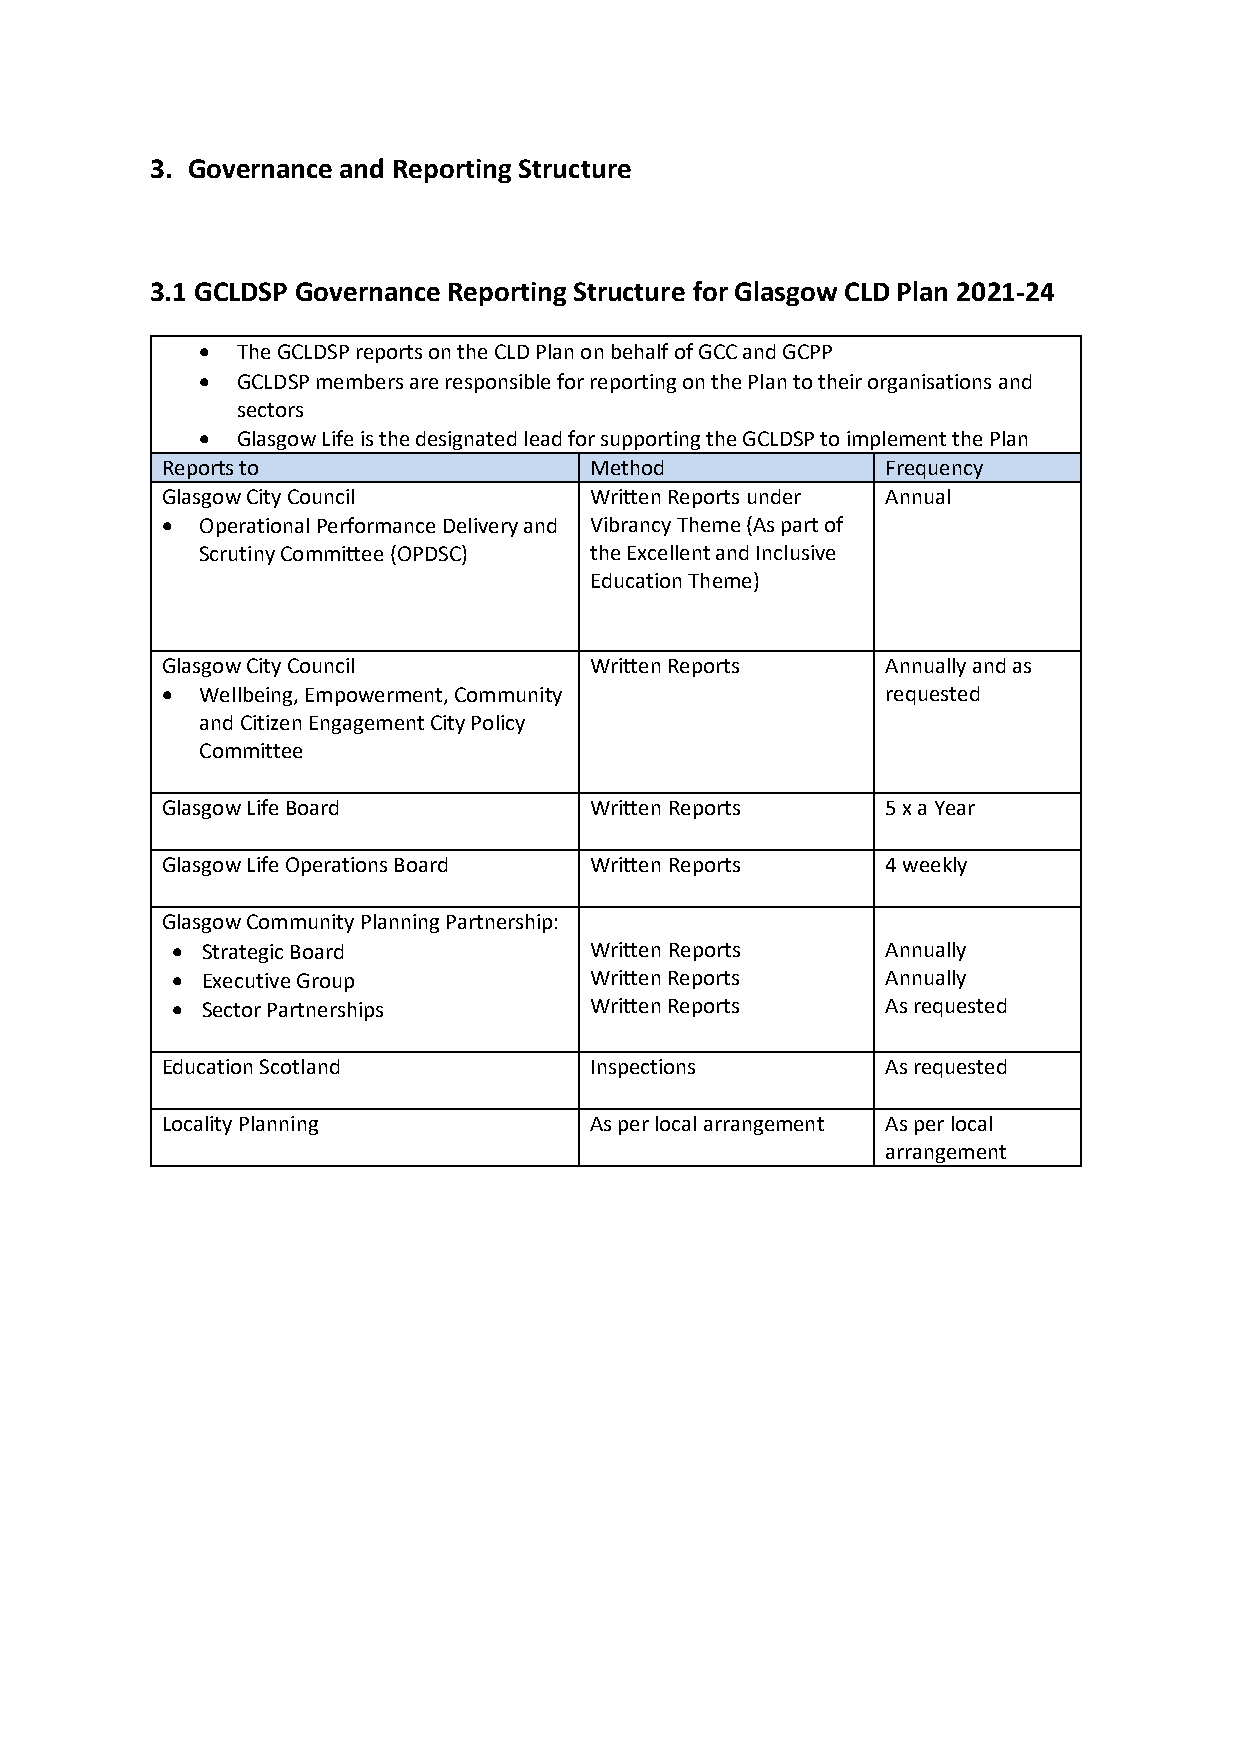
3. Governance and Reporting Structure
 3.1 GCLDSP Governance Reporting Structure for Glasgow CLD Plan 2021-24
 •  The GCLDSP reports on the CLD Plan on behalf of GCC and GCPP
 •  GCLDSP members are responsible for reporting on the Plan to their organisations and
 sectors
 •  Glasgow Life is the designated lead for supporting the GCLDSP to implement the Plan
 Reports to                  Method              Frequency
 Glasgow City Council        Written Reports under Annual
 • Operational Performance Delivery and Vibrancy Theme (As part of
 Scrutiny Committee (OPDSC) the Excellent and Inclusive
 Education Theme)
 Glasgow City Council        Written Reports     Annually and as
 • Wellbeing, Empowerment, Community             requested
 and Citizen Engagement City Policy
 Committee
 Glasgow Life Board          Written Reports     5 x a Year
 Glasgow Life Operations Board Written Reports   4 weekly
 Glasgow Community Planning Partnership:
 • Strategic Board           Written Reports     Annually
 • Executive Group           Written Reports     Annually
 • Sector Partnerships       Written Reports     As requested
 Education Scotland          Inspections         As requested
 Locality Planning           As per local arrangement As per local
 arrangement